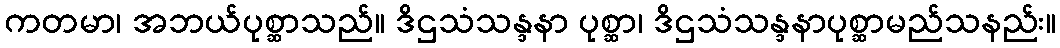
ကတမာ၊ အဘယ်ပုစ္ဆာသည်။ ဒိဌသံသန္ဒနာ ပုစ္ဆာ၊ ဒိဌသံသန္ဒနာပုစ္ဆာမည်သနည်း။